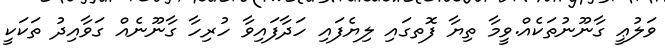
ވަލުޢީ ގާނޫނުތަކެއް.ވީމާ ތިޔާ ފޮތގައި ލިޔެފައި ހަދާފައިވާ ހުރިހާ ގާނޫނެއް ގަވާއިދު ތަކަކީ